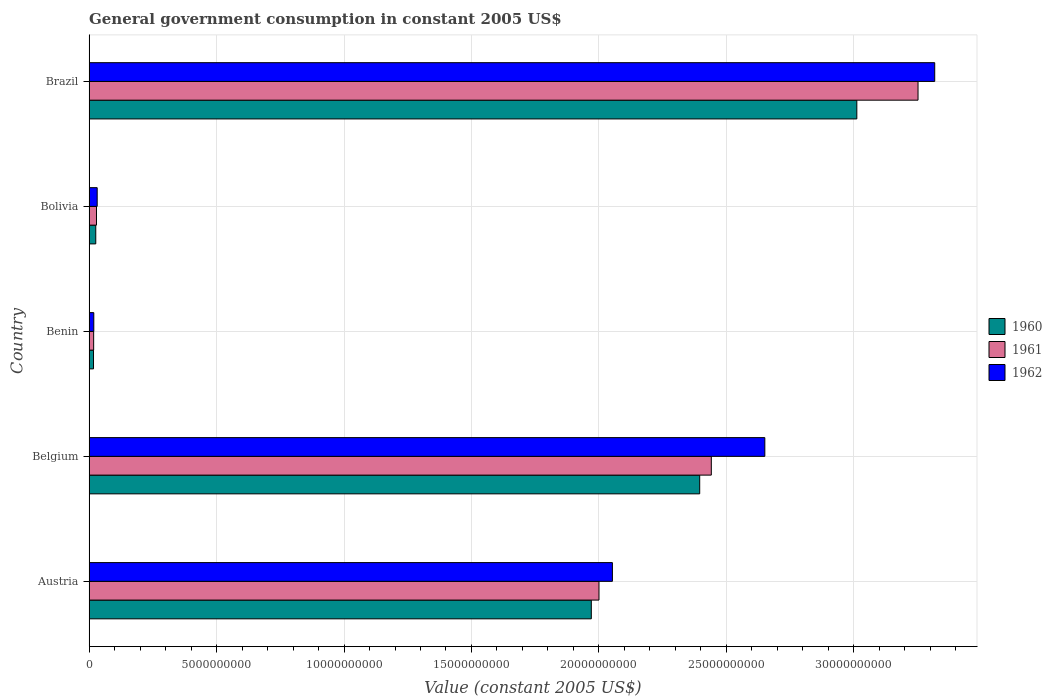
| Country | 1960 | 1961 | 1962 |
 | --- | --- | --- | --- |
 | Austria | 1.97e+10 | 2e+10 | 2.05e+10 |
 | Belgium | 2.4e+10 | 2.44e+10 | 2.65e+10 |
 | Benin | 1.73e+08 | 1.79e+08 | 1.85e+08 |
 | Bolivia | 2.61e+08 | 2.91e+08 | 3.18e+08 |
 | Brazil | 3.01e+10 | 3.25e+10 | 3.32e+10 |